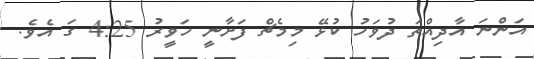
އަންނަ އާދިއްތަ ދުވަހު ކުޅޭ މިމެޗް ފަށާނީ ހަވީރު 4:25 ގަ އެވެ.